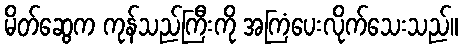
မိတ်ဆွေက ကုန်သည်ကြီးကို အကြံပေးလိုက်သေးသည်။